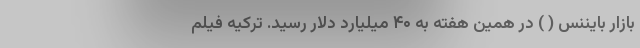
بازار بایننس ( ) در همین هفته به ۴۰ میلیارد دلار رسید. ترکیه فیلم